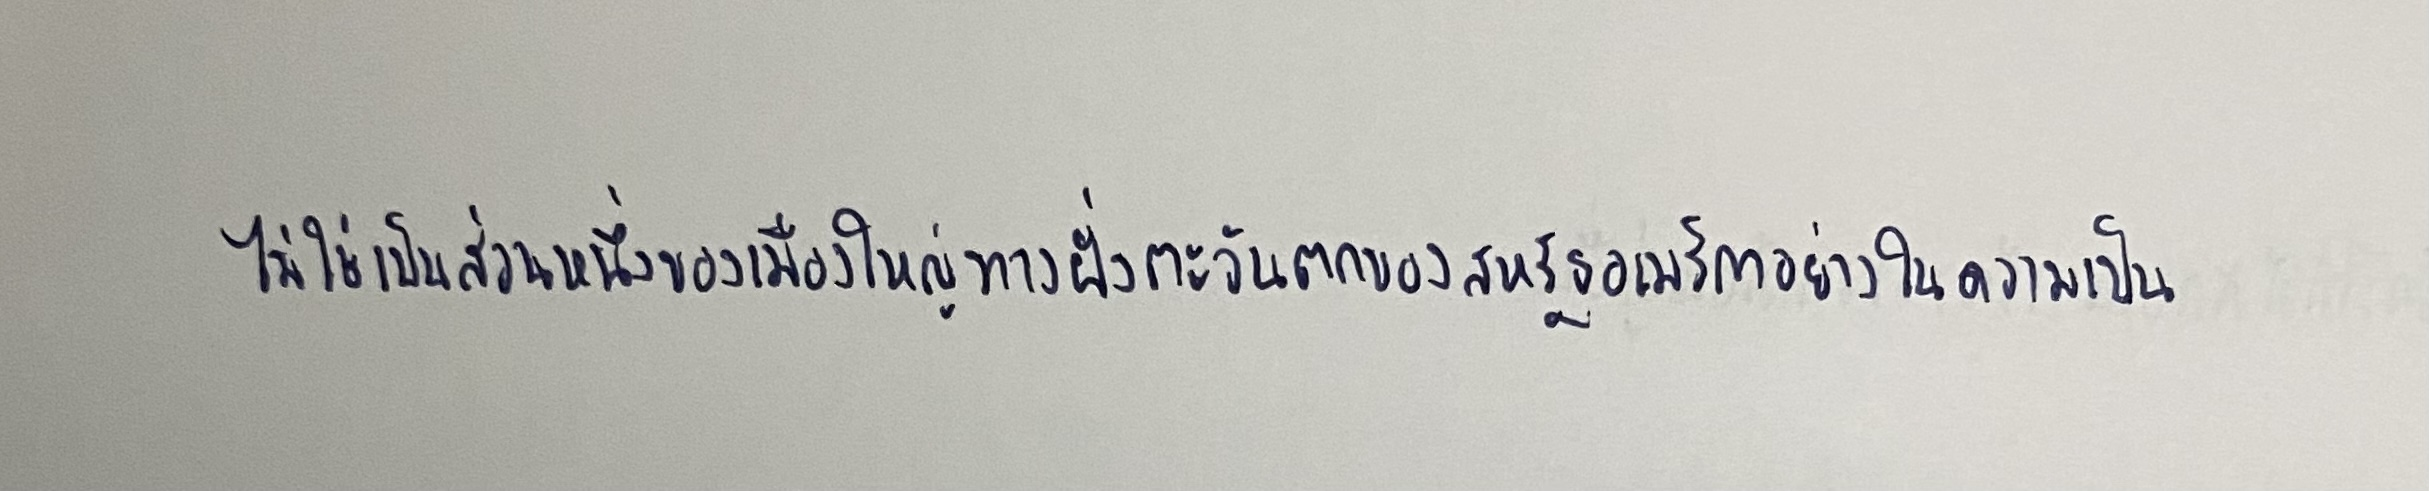
ไม่ใช่เป็นส่วนหนึ่งของเมืองใหญ่ทางฝั่งตะวันตกของสหรัฐอเมริกาอย่างในความเป็น